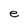
Character: e